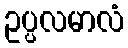
ဥပ္ပလမာလံ